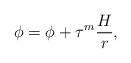
LaTeX: \begin{align*}\phi = \phi_{} + \tau^m \frac Hr,\end{align*}